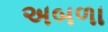
અબળા